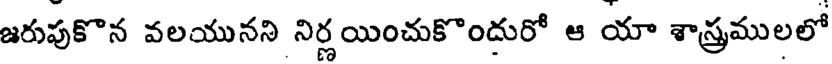
జరుపుకొన వలయునని నిర్ణయించుకొందురో ఆ యా శాస్త్రములలో